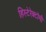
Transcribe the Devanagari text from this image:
हिस्टेरेक्टॉमी